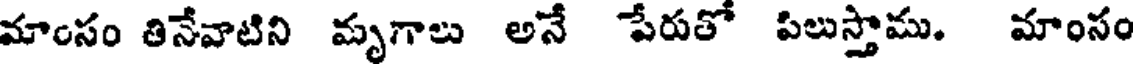
మాంసం తినేవాటిని మృగాలు అనే పేరుకో పిలుస్తాము. మాంసం